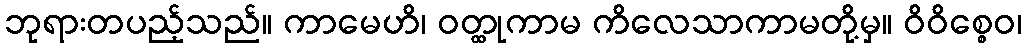
ဘုရားတပည့်သည်။ ကာမေဟိ၊ ဝတ္ထုကာမ ကိလေသာကာမတို့မှ။ ဝိဝိစ္စေဝ၊